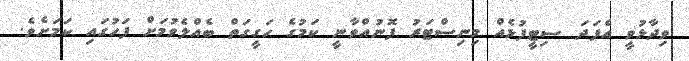
ވިދާޅުވީ އެފަދަ ސިޓީފުޅެއް މިނިސްޓަރު ފޮނުއްވާނީ ކަމުގެ ހަގީގަތް ބެއްލެވުމަށް ފަހުގައި ކަމަށެވެ.